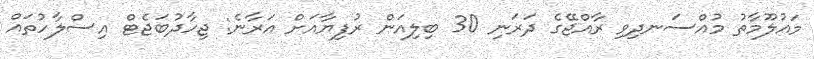
މައުލޫމާތު މުއްސަނދިވި ރާއްޖޭގެ ދަރަނި 30 ބިލިއަން ރުފިޔާއަށް އަރާނެ: ޖިހާދުބަޖެޓް އިސްލާހުތައް